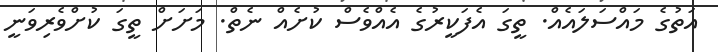
އަތުގެ މައްސަލައެއް. ތީގަ އެފަކީރުގެ އެއްވެސް ކުށެއް ނެތް. މަށަށް ތީގަ ކުށްވެރިވަނީ